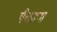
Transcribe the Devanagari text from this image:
मैचरूम